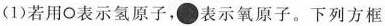
(1)若用 \circ 表示氢原子，表示氧原子。下列方框